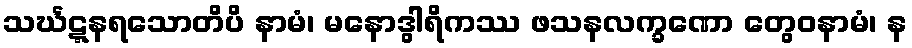
သင်္ဃဋ္ဋနရသောတိပိ နာမံ၊ မနောဒွါရိကဿ ဖသနလက္ခဏော တွေဝနာမံ၊ န